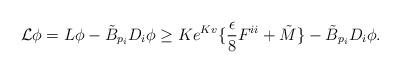
LaTeX: \begin{align*} \mathcal {L}\phi=L\phi-\tilde B_{p_i}D_i\phi\geq Ke^{Kv}\{\frac{\epsilon}{8}F^{ii}+\tilde M\}-\tilde B_{p_i}D_i\phi. \end{align*}